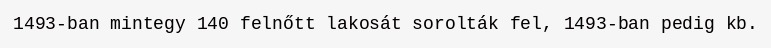
1493-ban mintegy 140 felnőtt lakosát sorolták fel, 1493-ban pedig kb.